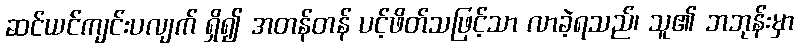
ဆင်ယင်ကျင်းပလျက် ရှိ၍ အတန်တန် ပင့်ဖိတ်သဖြင့်သာ လာခဲ့ရသည်၊ သူ၏ ဘဘုန်းမှာ